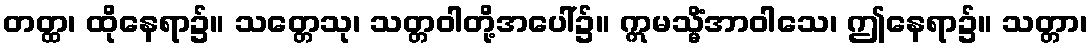
တတ္ထ၊ ထိုနေရာ၌။ သတ္တေသု၊ သတ္တဝါတို့အပေါ်၌။ ဣမသ္မိံအာဝါသေ၊ ဤနေရာ၌။ သတ္တာ၊